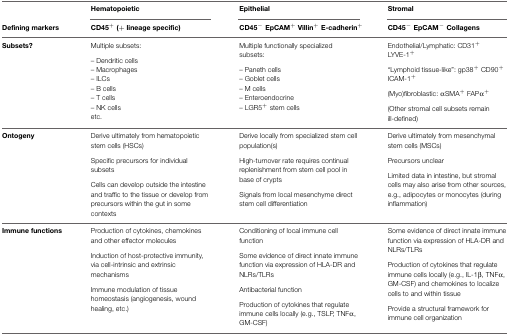
|  | Hematopoietic | Epithelial | Stromal |
 | Defining markers | CD45+ (+ lineage specific) | CD45− EpCAM+ Villin+ E-cadherin+ | CD45− EpCAM− Collagens |
 | --- | --- | --- | --- |
 | Subsets? | Multiple subsets:– Dendritic cells– Macrophages– ILCs– B cells– T cells– NK cells etc. | Multiple functionally specialized subsets:– Paneth cells– Goblet cells– M cells– Enteroendocrine– LGR5+ stem cells | Endothelial/Lymphatic: CD31+ LYVE-1+“Lymphoid tissue-like”: gp38+ CD90+ ICAM-1+(Myo)fibroblastic: αSMA+ FAPα+(Other stromal cell subsets remain ill-defined) |
 | Ontogeny | Derive ultimately from hematopoietic stem cells (HSCs)Specific precursors for individual subsetsCells can develop outside the intestine and traffic to the tissue or develop from precursors within the gut in some contexts | Derive locally from specialized stem cell population(s)High-turnover rate requires continual replenishment from stem cell pool in base of cryptsSignals from local mesenchyme direct stem cell differentiation | Derive ultimately from mesenchymal stem cells (MSCs)Precursors unclearLimited data in intestine, but stromal cells may also arise from other sources, e.g., adipocytes or monocytes (during inflammation) |
 | Immune functions | Production of cytokines, chemokines and other effector moleculesInduction of host-protective immunity, via cell-intrinsic and extrinsic mechanismsImmune modulation of tissue homeostasis (angiogenesis, wound healing, etc.) | Conditioning of local immune cell functionSome evidence of direct innate immune function via expression of HLA-DR and NLRs/TLRsAntibacterial functionProduction of cytokines that regulate immune cells locally (e.g., TSLP, TNFα, GM-CSF) | Some evidence of direct innate immune function via expression of HLA-DR and NLRs/TLRsProduction of cytokines that regulate immune cells locally (e.g., IL-1β, TNFα, GM-CSF) and chemokines to localize cells to and within tissueProvide a structural framework for immune cell organization |